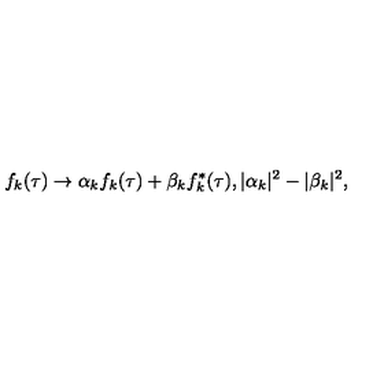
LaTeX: f _ { k } ( \tau ) \to \alpha _ { k } f _ { k } ( \tau ) + \beta _ { k } f _ { k } ^ { * } ( \tau ) , | \alpha _ { k } | ^ { 2 } - | \beta _ { k } | ^ { 2 } ,